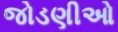
જોડણીઓ